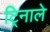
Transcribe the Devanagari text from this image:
ट्रिनाले